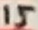
Text: 15